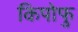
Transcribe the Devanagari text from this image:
किपोफु